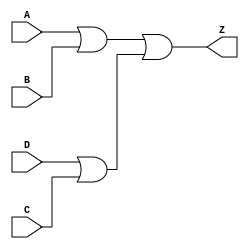
module notech_or4 (A,B,C,D,Z);
input A,B,C,D;
output Z;
assign Z=(A|B)|(D|C);
endmodule